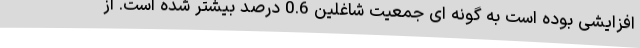
افزایشی بوده است به گونه ای جمعیت شاغلین 0.6 درصد بیشتر شده است. از